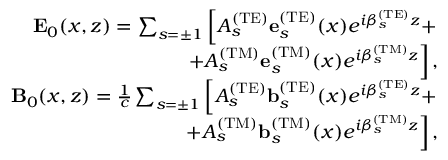
\begin{array} { r l r } & { } & { { \bf E } _ { 0 } ( x , z ) = \sum _ { s = \pm 1 } \left[ A _ { s } ^ { \mathrm { ( T E ) } } { \bf e } _ { s } ^ { \mathrm { ( T E ) } } ( x ) e ^ { i \beta _ { s } ^ { \mathrm { ( T E ) } } z } + \right. } \\ & { } & { \left. + A _ { s } ^ { \mathrm { ( T M ) } } { \bf e } _ { s } ^ { \mathrm { ( T M ) } } ( x ) e ^ { i \beta _ { s } ^ { \mathrm { ( T M ) } } z } \right] , } \\ & { } & { { \bf B } _ { 0 } ( x , z ) = \frac { 1 } { c } \sum _ { s = \pm 1 } \left[ A _ { s } ^ { \mathrm { ( T E ) } } { \bf b } _ { s } ^ { \mathrm { ( T E ) } } ( x ) e ^ { i \beta _ { s } ^ { \mathrm { ( T E ) } } z } + \right. } \\ & { } & { \left. + A _ { s } ^ { \mathrm { ( T M ) } } { \bf b } _ { s } ^ { \mathrm { ( T M ) } } ( x ) e ^ { i \beta _ { s } ^ { \mathrm { ( T M ) } } z } \right] , } \end{array}